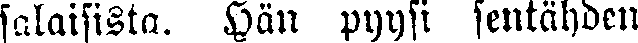
salaisista. Hän pyysi sentähden